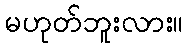
မဟုတ်ဘူးလား။